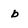
Character: b